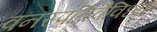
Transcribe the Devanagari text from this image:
वनस्पतिवैविध्य